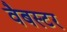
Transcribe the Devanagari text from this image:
वैबस्टर